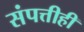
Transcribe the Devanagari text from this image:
संपत्तीही